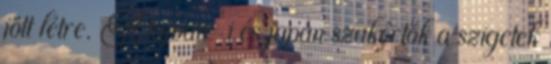
jött létre. A tajvan-i és japán szakértők a szigetek